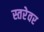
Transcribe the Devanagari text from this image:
स्तरेवर